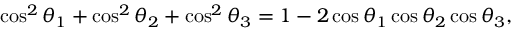
\cos ^ { 2 } \theta _ { 1 } + \cos ^ { 2 } \theta _ { 2 } + \cos ^ { 2 } \theta _ { 3 } = 1 - 2 \cos \theta _ { 1 } \cos \theta _ { 2 } \cos \theta _ { 3 } ,